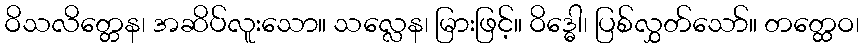
ဝိသလိတ္တေန၊ အဆိပ်လူးသော။ သလ္လေန၊ မြားဖြင့်။ ဝိဒ္ဓေါ၊ ပြစ်လွှတ်သော်။ တတ္ထေဝ၊